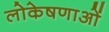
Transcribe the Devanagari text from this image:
लोकेषणाओं